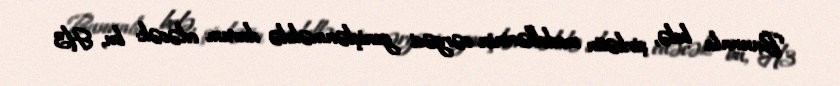
Bununla belə, şirkətin modellərinin cərgəsi genişlənməkdə davam edəcək: bu, H3